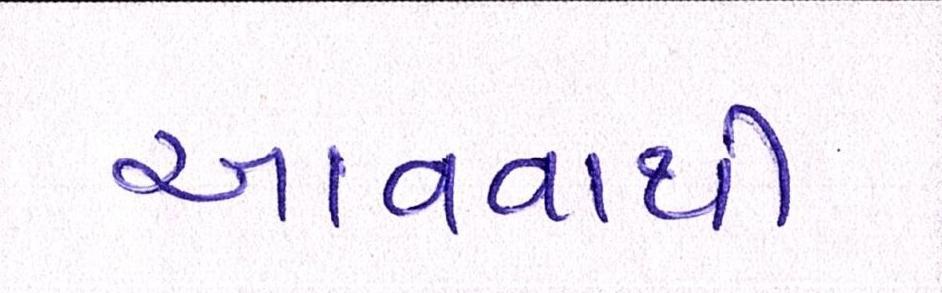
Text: આવવાથી